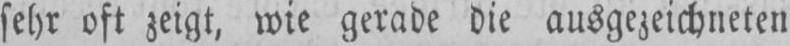
sehr oft zeigt, wie gerade die ausgezeichneten